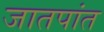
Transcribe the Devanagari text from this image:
जातपांत